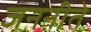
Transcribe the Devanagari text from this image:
जननीते